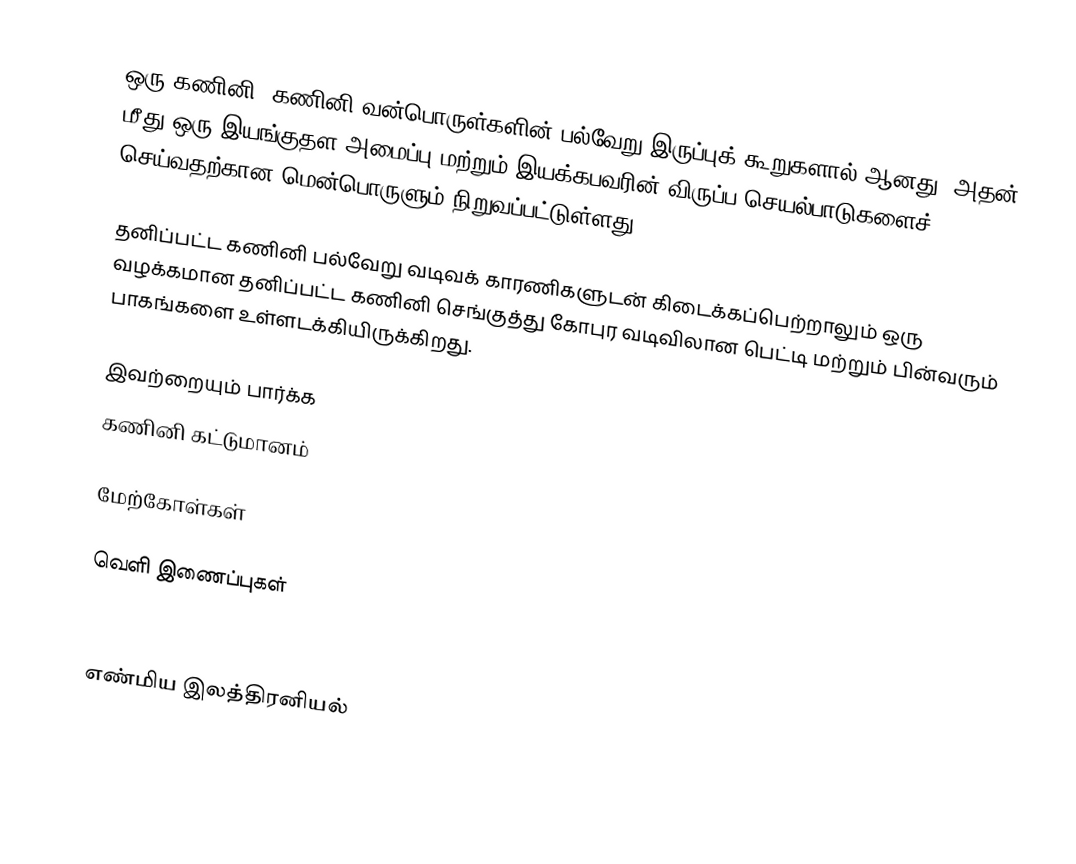
ஒரு கணினி, கணினி வன்பொருள்களின் பல்வேறு இருப்புக் கூறுகளால் ஆனது. அதன் மீது ஒரு இயங்குதள அமைப்பு மற்றும் இயக்கபவரின் விருப்ப செயல்பாடுகளைச் செய்வதற்கான மென்பொருளும் நிறுவப்பட்டுள்ளது.

தனிப்பட்ட கணினி பல்வேறு வடிவக் காரணிகளுடன் கிடைக்கப்பெற்றாலும் ஒரு வழக்கமான தனிப்பட்ட கணினி செங்குத்து கோபுர வடிவிலான பெட்டி மற்றும் பின்வரும் பாகங்களை உள்ளடக்கியிருக்கிறது.

இவற்றையும் பார்க்க
 கணினி கட்டுமானம்

மேற்கோள்கள்

வெளி இணைப்புகள்

எண்மிய இலத்திரனியல்